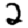
Digit: 2